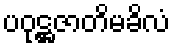
ပဝုဋ္ဌဇာတိမခိလံ